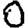
Digit: 0